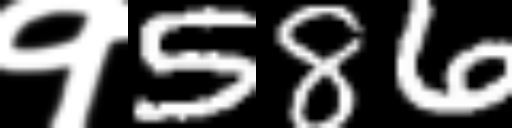
Text: १586